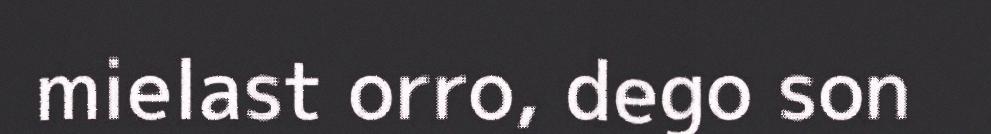
mielast orro, dego son